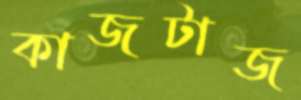
কাজটাজ